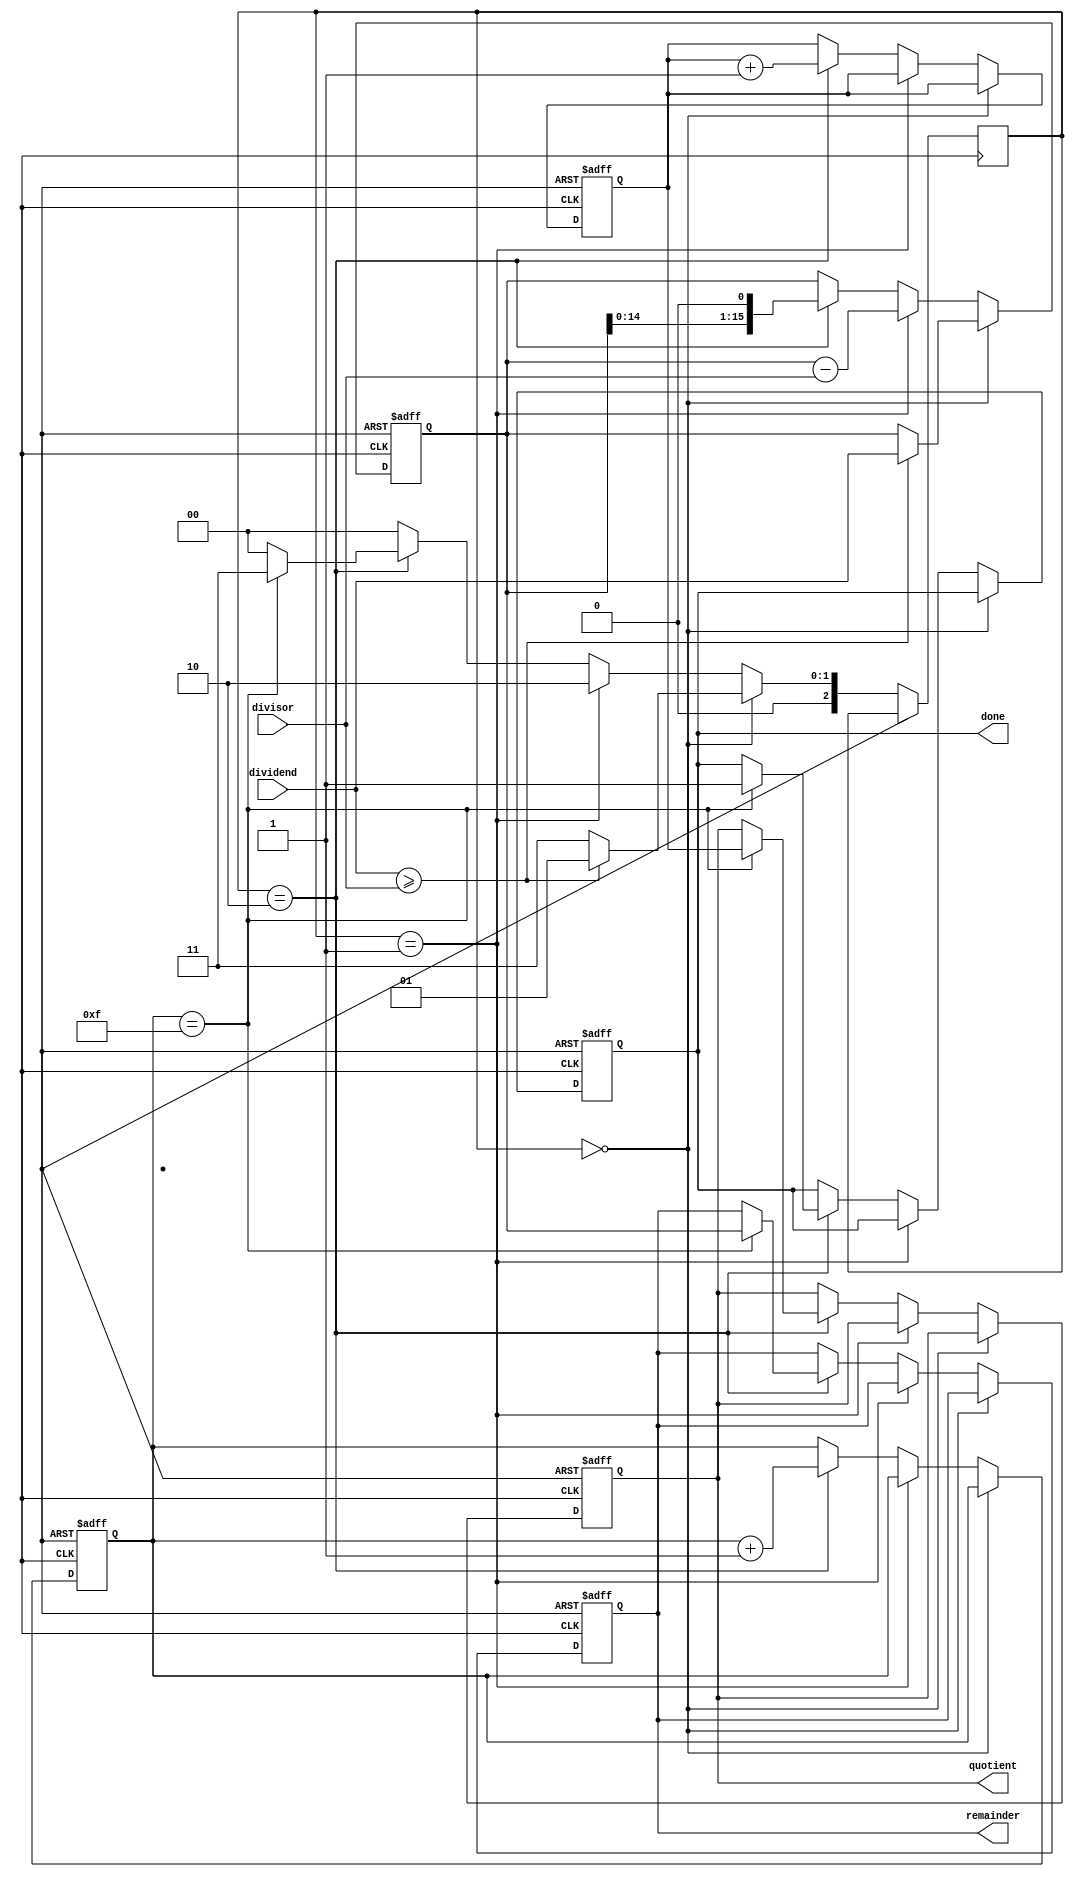
module radix2_srt_divider (
    input wire [15:0] dividend,
    input wire [15:0] divisor,
    output reg [15:0] quotient,
    output reg [15:0] remainder,
    output reg done
);

reg [15:0] partial_remainder;
reg [15:0] partial_quotient;
reg [4:0] iteration_counter;
reg [2:0] state;

always @ (posedge clk or posedge rst) begin
    if (rst) begin
        iteration_counter <= 0;
        partial_remainder <= 16'h0;
        partial_quotient <= 16'h0;
        quotient <= 16'h0;
        remainder <= 16'h0;
        done <= 0;
    end else if (state == 0) begin // Compare Dividend and Divisor
        if (dividend >= divisor) begin
            partial_remainder <= dividend;
            state <= 1;
        end else begin
            state <= 3;
        end
    end else if (state == 1) begin // Subtract Divisor from partial remainder
        partial_remainder <= partial_remainder - divisor;
        state <= 2;
    end else if (state == 2) begin // Shift
        partial_quotient <= partial_quotient + 1;
        partial_remainder <= partial_remainder << 1;
        iteration_counter <= iteration_counter + 1;

        if (iteration_counter == 15) begin // Maximum number of iterations reached
            quotient <= partial_quotient;
            remainder <= partial_remainder;
            done <= 1;
            state <= 3;
        end else begin
            state <= 0;
        end
    end else begin
        state <= 0;
    end
end

endmodule